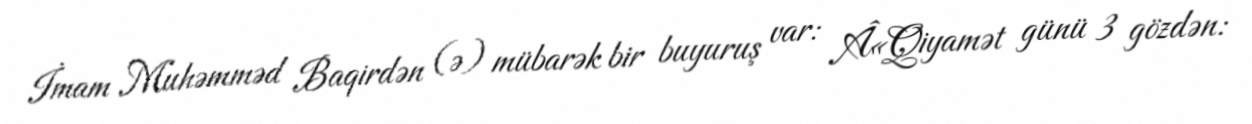
İmam Muhəmməd Baqirdən (ə) mübarək bir buyuruş var: Â«Qiyamət günü 3 gözdən: